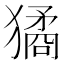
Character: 獝